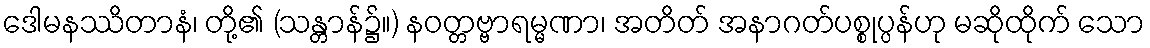
ဒေါမနဿိတာနံ၊ တို့၏ (သန္တာန်၌။) နဝတ္တဗ္ဗာရမ္မဏာ၊ အတိတ် အနာဂတ်ပစ္စုပ္ပန်ဟု မဆိုထိုက် သော